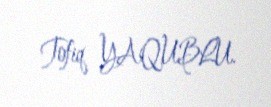
Tofiq YAQUBLU.